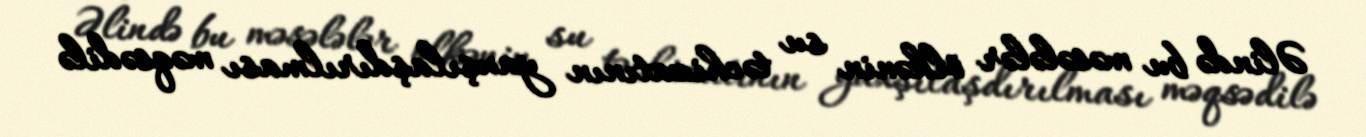
Əlində bu məsələlər ölkənin su təchizatının yaxşılaşdırılması məqsədilə